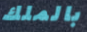
بالملك